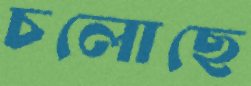
চলোছে